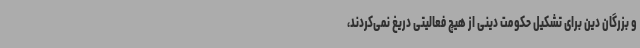
و بزرگان دین برای تشکیل حکومت دینی از هیچ فعالیتی دریغ نمی‌کردند،